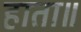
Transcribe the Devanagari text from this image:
हाता॥